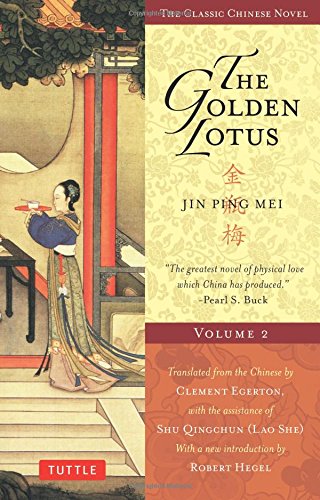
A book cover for The Golden Lotus Volume 2: Jin Ping Mei (Tuttle Classics); Lanling Xiaoxiaosheng; Romance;